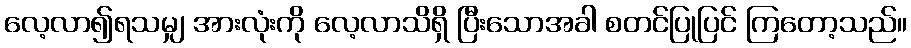
လေ့လာ၍ရသမျှ အားလုံးကို လေ့လာသိရှိ ပြီးသောအခါ စတင်ပြုပြင် ကြတော့သည်။